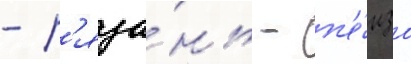
- р'яза́нь - п'е́нза